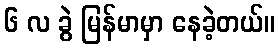
၆ လ ခွဲ မြန်မာမှာ နေခဲ့တယ်။